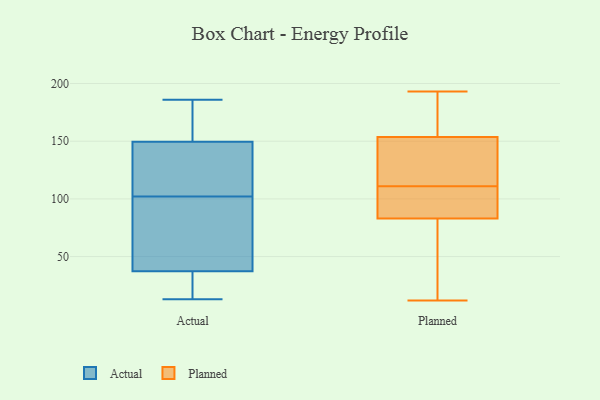
{"axis": {"x": "Website Visitors", "y": "Value"}, "legend": ["Actual", "Planned"], "data": [{"x": "", "y": 30, "type": "Actual"}, {"x": "", "y": 181, "type": "Actual"}, {"x": "", "y": 174, "type": "Actual"}, {"x": "", "y": 124, "type": "Actual"}, {"x": "", "y": 134, "type": "Actual"}, {"x": "", "y": 166, "type": "Actual"}, {"x": "", "y": 186, "type": "Actual"}, {"x": "", "y": 144, "type": "Actual"}, {"x": "", "y": 71, "type": "Actual"}, {"x": "", "y": 81, "type": "Actual"}, {"x": "", "y": 85, "type": "Actual"}, {"x": "", "y": 33, "type": "Actual"}, {"x": "", "y": 38, "type": "Actual"}, {"x": "", "y": 126, "type": "Actual"}, {"x": "", "y": 102, "type": "Actual"}, {"x": "", "y": 35, "type": "Actual"}, {"x": "", "y": 13, "type": "Actual"}, {"x": "", "y": 12, "type": "Planned"}, {"x": "", "y": 111, "type": "Planned"}, {"x": "", "y": 126, "type": "Planned"}, {"x": "", "y": 163, "type": "Planned"}, {"x": "", "y": 193, "type": "Planned"}, {"x": "", "y": 79, "type": "Planned"}, {"x": "", "y": 123, "type": "Planned"}, {"x": "", "y": 79, "type": "Planned"}, {"x": "", "y": 95, "type": "Planned"}, {"x": "", "y": 110, "type": "Planned"}, {"x": "", "y": 179, "type": "Planned"}]}